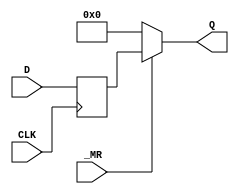
module hct74174 (
input CLK,
input _MR,        // negative enable
input [5:0] D,
output [5:0] Q
);
    parameter LOG=0;
    parameter PD_SETUP=4; // tSU
    parameter PD_CLK_Q=17;  // tPD
    parameter PD_MR_Q=13;   // rPHL

    reg [7:0] dSetup;
    reg [7:0] dCurrent;

    // setup time 
    assign #(PD_SETUP) dSetup = D;
    
    specify
        (CLK *> Q) = (PD_CLK_Q);
        (_MR *> Q) = (PD_MR_Q);
    endspecify

    always @(posedge CLK) begin
//        if (LOG) $display("%9t", $time, " REGISTER %m   CLK=+ve _OE=%1b dCurrent=%08b D=%08b Q=%08b", _OE, dCurrent, D, Q);
        dCurrent <= dSetup;
    end

    always @(Q) begin
        if (LOG) $display("%9t", $time, " REGISTER %m   updated Q=%06b   data=%06b", Q, dCurrent);
    end

    assign Q = _MR ? dCurrent : 6'b000000;
    
endmodule